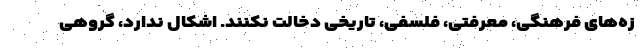
زه‌های فرهنگی، معرفتی، فلسفی، تاریخی دخالت نکنند. اشکال ندارد، گروهی